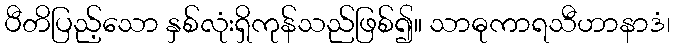
ပီတိပြည့်သော နှစ်လုံးရှိကုန်သည်ဖြစ်၍။ သာဓုကာရသီဟာနာဒံ၊